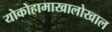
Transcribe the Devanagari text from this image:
योकोहामाखालोखाल